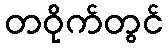
တဝိုက်တွင်